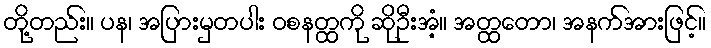
တို့တည်း။ ပန၊ အပြားမှတပါး ဝစနတ္ထကို ဆိုဦးအံ့။ အတ္ထတော၊ အနက်အားဖြင့်။